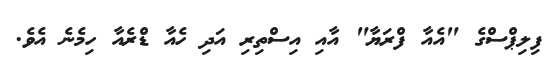
ފިލިޕްސްގެ "އެއާ ފްރަޔާ" އާއި އިސްތިރި އަދި ހެއާ ޑްރެއާ ހިމެނެ އެވެ.